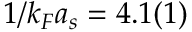
1 / k _ { F } a _ { s } = 4 . 1 ( 1 )